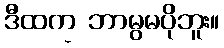
ဒီထက္ ဘာမွမပိုဘူး။